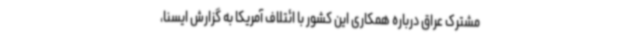
مشترک عراق درباره همکاری این کشور با ائتلاف آمریکا به گزارش ایسنا،